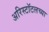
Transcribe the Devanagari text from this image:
अरिस्टॉटलच्या